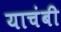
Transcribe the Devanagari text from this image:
याचंबी